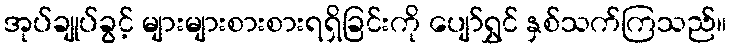
အုပ်ချုပ်ခွင့် များများစားစားရရှိခြင်းကို ပျော်ရွှင် နှစ်သက်ကြသည်။